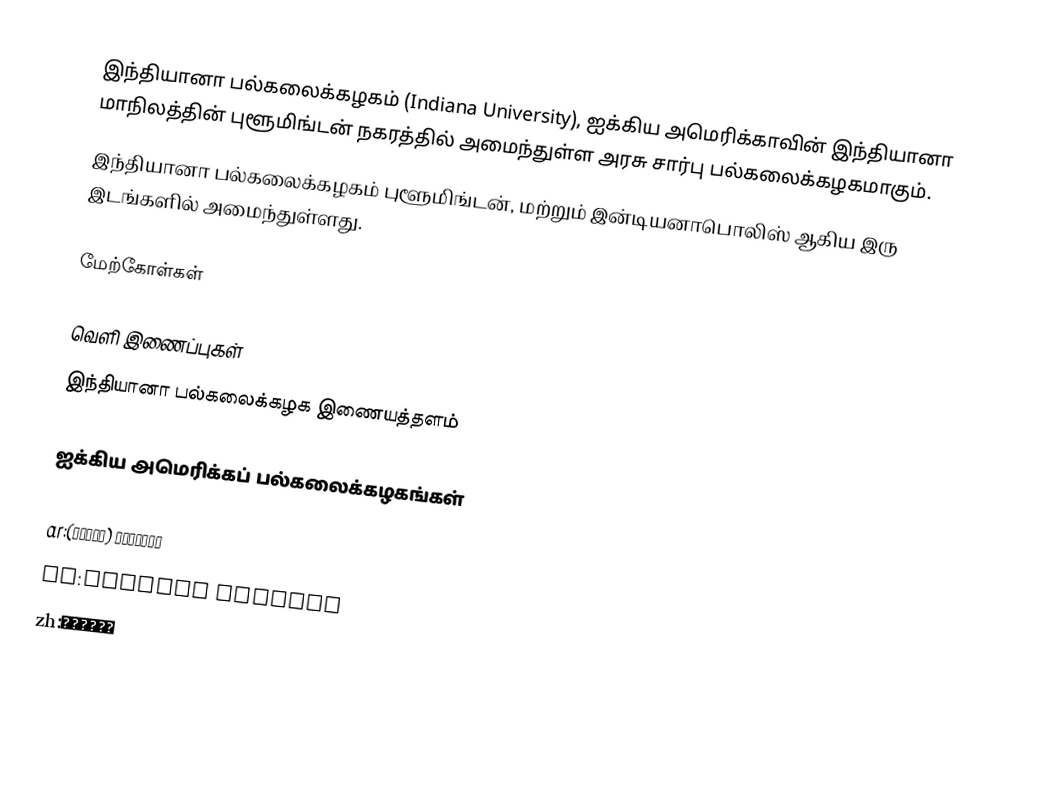
இந்தியானா பல்கலைக்கழகம் (Indiana University), ஐக்கிய அமெரிக்காவின் இந்தியானா மாநிலத்தின் புளூமிங்டன் நகரத்தில் அமைந்துள்ள அரசு சார்பு பல்கலைக்கழகமாகும்.
இந்தியானா பல்கலைக்கழகம் புளூமிங்டன், மற்றும் இன்டியனாபொலிஸ் ஆகிய இரு இடங்களில் அமைந்துள்ளது.

மேற்கோள்கள்

வெளி இணைப்புகள்
இந்தியானா பல்கலைக்கழக இணையத்தளம்

ஐக்கிய அமெரிக்கப் பல்கலைக்கழகங்கள்

ar:إنديانا (جامعة)
et:Indiana Ülikool
zh:印第安那大學